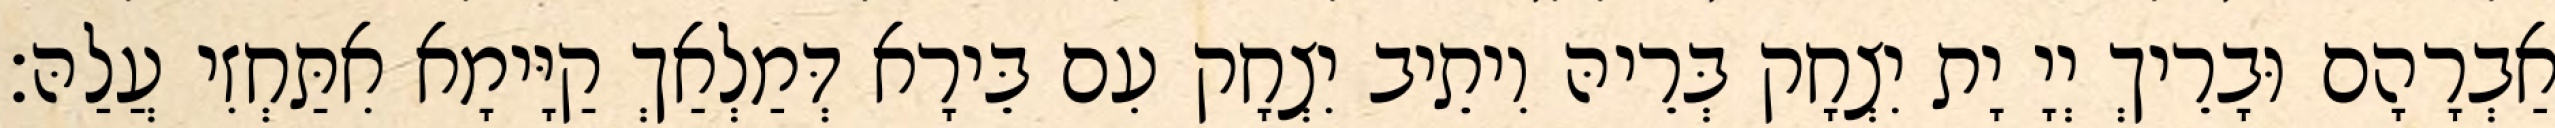
אַבְרָהָם וּבָרֵיךְ יְיָ יָת יִצְחָק בְּרֵיהּ וִיתֵיב יִצְחָק עִם בֵּירָא דְּמַלְאַךְ קַיָּימָא אִתַּחְזִי עֲלַהּ׃